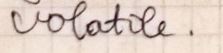
volatile.